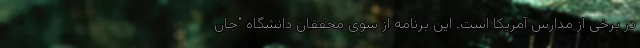
در برخی از مدارس آمریکا است. این برنامه از سوی محققان دانشگاه "جان